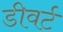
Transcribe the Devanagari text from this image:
डीवर्ट